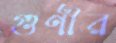
গুণীর